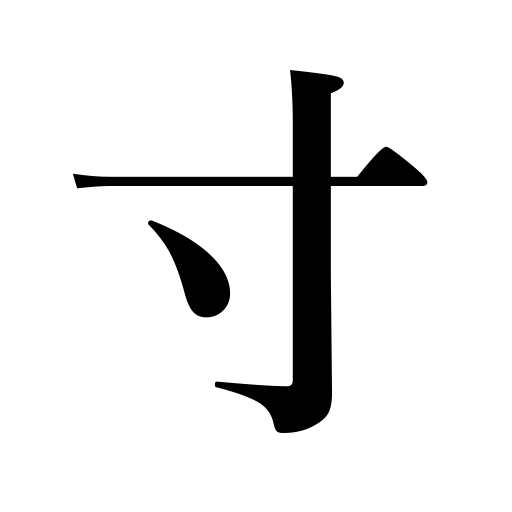
Meanings: measure,one-tenth of a foot